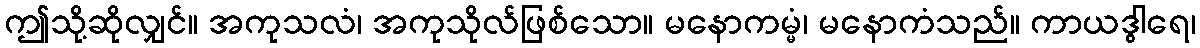
ဤသို့ဆိုလျှင်။ အကုသလံ၊ အကုသိုလ်ဖြစ်သော။ မနောကမ္မံ၊ မနောကံသည်။ ကာယဒွါရေ၊